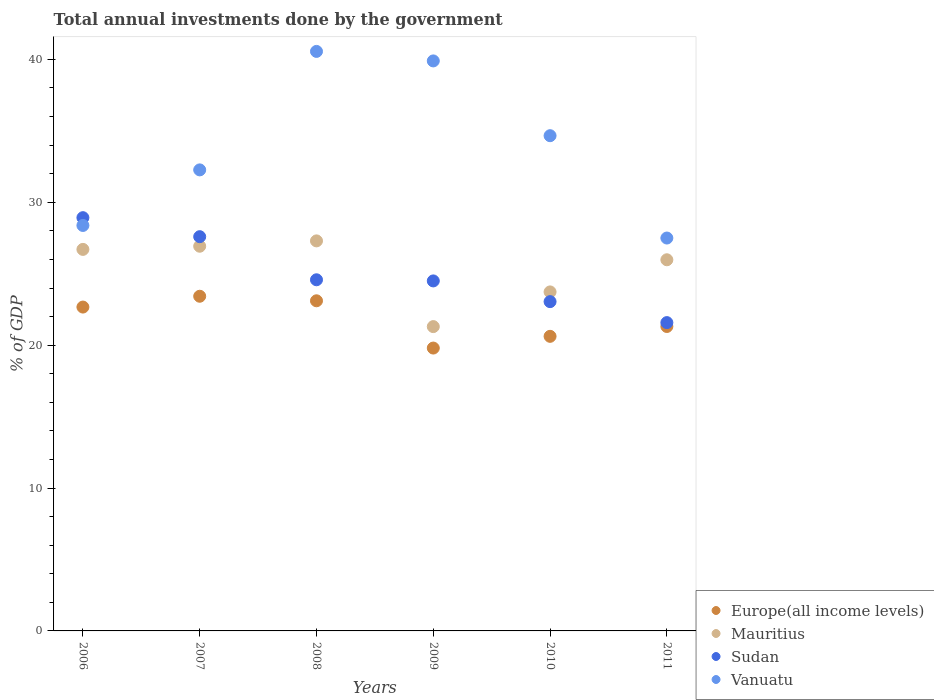
| Years | Europe(all income levels) | Mauritius | Sudan | Vanuatu |
 | --- | --- | --- | --- | --- |
 | 2006 | 22.7 | 26.7 | 28.9 | 28.4 |
 | 2007 | 23.4 | 26.9 | 27.6 | 32.3 |
 | 2008 | 23.1 | 27.3 | 24.6 | 40.6 |
 | 2009 | 19.8 | 21.3 | 24.5 | 39.9 |
 | 2010 | 20.6 | 23.7 | 23 | 34.7 |
 | 2011 | 21.3 | 26 | 21.6 | 27.5 |